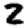
Digit: 2